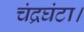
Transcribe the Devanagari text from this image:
चंद्रघंटा।